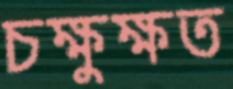
চক্ষুক্ষত